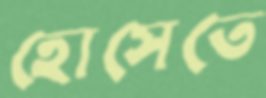
হোসেতে